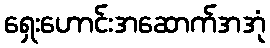
ရှေးဟောင်းအဆောက်အအုံ